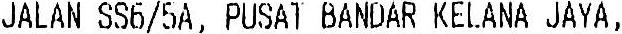
JALAN SS6/5A, PUSAT BANDAR KELANA JAYA,